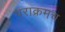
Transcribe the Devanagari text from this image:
पराक्रमच